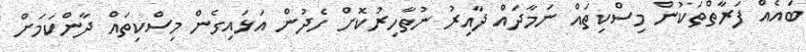
ބައެއް ފަރާތްތަކުން މިސްކިތައް ނަމާދައް ދާއިރު ނުތާހިރުކޮށް ހެދުން އަޅައިގެން މިސްކިތައް ދާންކަމަށް